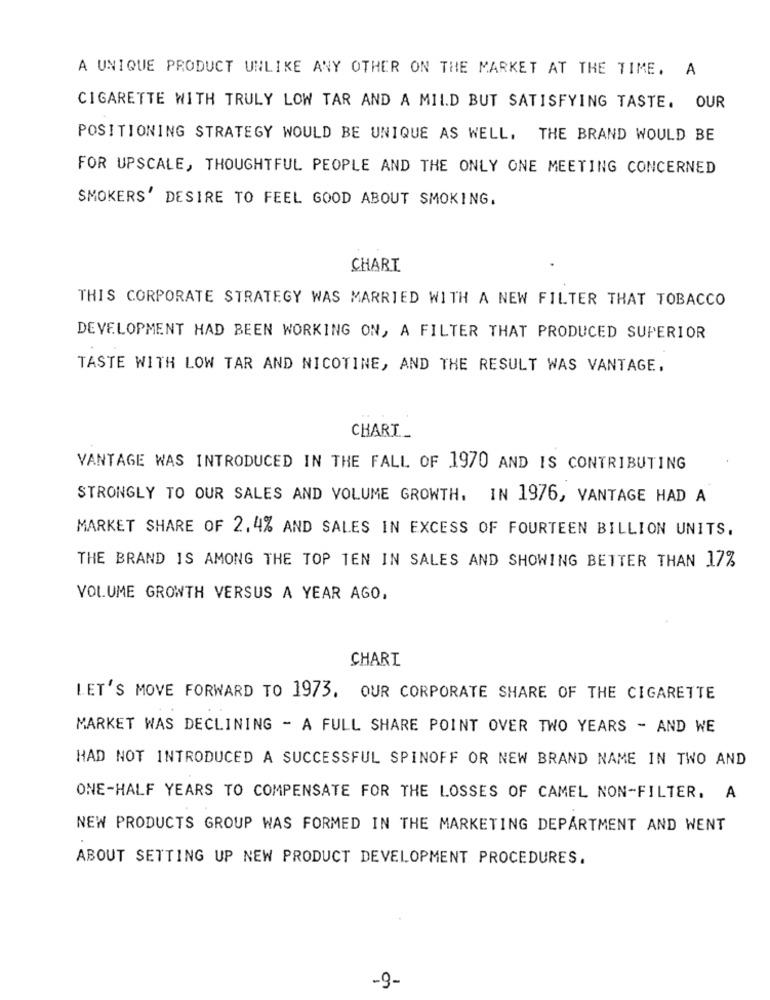
A UNIQUE PRODUCT UNLIKE ANY OTHER ON THE MARKET AT THE TIME. A
CIGARETTE WITH TRULY LOW TAR AND A MILD BUT SATISFYING TASTE. OUR
POSITIONING STRATEGY WOULD BE UNIQUE AS WELL. THE BRAND WOULD BE
FOR UPSCALE, THOUGHTFUL PEOPLE AND THE ONLY ONE MEETING CONCERNED
SMOKERS' DESIRE TO FEEL GOOD ABOUT SMOKING.
CHART
THIS CORPORATE STRATEGY WAS MARRIED WITH A NEW FILTER THAT TOBACCO
DEVELOPMENT HAD BEEN WORKING ON, A FILTER THAT PRODUCED SUPERIOR
TASTE WITH LOW TAR AND NICOTINE, AND THE RESULT WAS VANTAGE,
CHART_
VANTAGE WAS INTRODUCED IN THE FALL OF 1970 AND IS CONTRIBUTING
STRONGLY TO OUR SALES AND VOLUME GROWTH. IN 1976, VANTAGE HAD A
MARKET SHARE OF 2.4% AND SALES IN EXCESS OF FOURTEEN BILLION UNITS.
THE BRAND IS AMONG THE TOP TEN IN SALES AND SHOWING BETTER THAN 17%
VOLUME GROWTH VERSUS A YEAR AGO,
CHARI
LET'S MOVE FORWARD TO 1973. OUR CORPORATE SHARE OF THE CIGARETTE
MARKET WAS DECLINING - A FULL SHARE POINT OVER TWO YEARS - AND WE
HAD NOT INTRODUCED A SUCCESSFUL SPINOFF OR NEW BRAND NAME IN TWO AND
ONE-HALF YEARS TO COMPENSATE FOR THE LOSSES OF CAMEL NON-FILTER. A
NEW PRODUCTS GROUP WAS FORMED IN THE MARKETING DEPARTMENT AND WENT
ABOUT SETTING UP NEW PRODUCT DEVELOPMENT PROCEDURES.
-9-